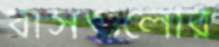
বাসগুলোর